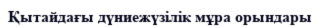
Қытайдағы дүниежүзілік мұра орындары